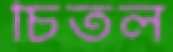
চিতল